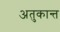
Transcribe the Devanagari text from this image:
अतुकान्त